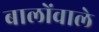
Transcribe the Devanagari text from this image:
बालोंवाले